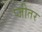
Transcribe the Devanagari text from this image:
प्जीतर